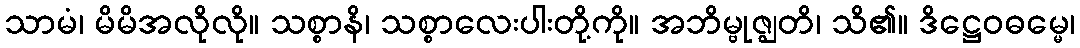
သာမံ၊ မိမိအလိုလို။ သစ္စာနိ၊ သစ္စာလေးပါးတို့ကို။ အဘိမ္ဗုဇ္ဈတိ၊ သိ၏။ ဒိဋ္ဌေဝဓမ္မေ၊